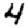
Digit: 4